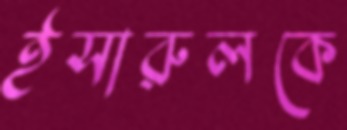
ইসারুলকে